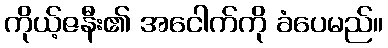
ကိုယ့်ဇနီး၏ အငေါက်ကို ခံပေမည်။